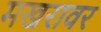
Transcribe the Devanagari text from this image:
मखरावर